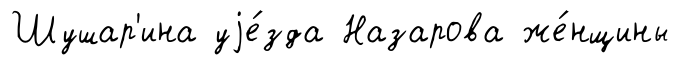
Шушар'ина уjе́зда Назарова же́нщины